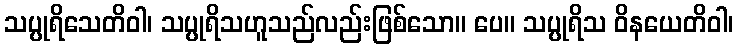
သပ္ပုရိသေတိဝါ၊ သပ္ပုရိသဟူသည်လည်းဖြစ်သော။ ပေ။ သပ္ပုရိသ ဝိနယေတိဝါ၊